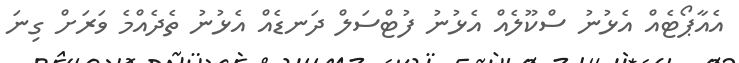
އެއާޕޯޓެއް އެޅުނު ސްކޫލެއް އެޅުނު ފުޓްސަލް ދަނޑެއް އެޅުނު ތެދެއްމެ ވަރަށް ގިނަ